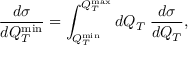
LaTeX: \frac { d \sigma } { d Q _ { T } ^ { \operatorname * { m i n } } } = \int _ { Q _ { T } ^ { \operatorname * { m i n } } } ^ { Q _ { T } ^ { \operatorname * { m a x } } } d Q _ { T } \; \frac { d \sigma } { d Q _ { T } } ,